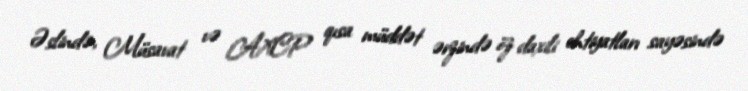
Əslində, Müsavat və AXCP qısa müddət ərzində öz daxili ehtiyatları sayəsində